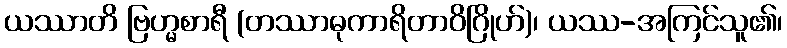
ယဿာတိ ဗြဟ္မစာရီ (တဿာဓုကာရိတာဝိဂြိုဟ်)၊ ယဿ-အကြင်သူ၏၊